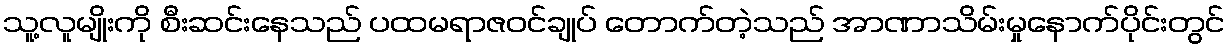
သူ့လူမျိုးကို စီးဆင်းနေသည် ပထမရာဇဝင်ချုပ် တောက်တဲ့သည် အာဏာသိမ်းမှုနောက်ပိုင်းတွင်